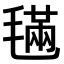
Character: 𣯩